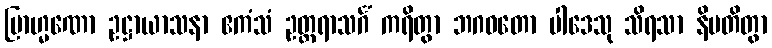
ဗြာဟ္မဏော ဥဋ္ဌာယာသနာ ဧကံသံ ဥတ္တရာသင်္ဂံ ကရိတွာ ဘဂဝတော ပါဒေသု သိရသာ နိပတိတွာ